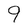
Character: 9